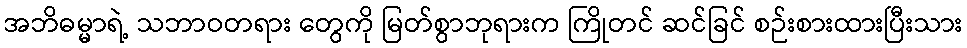
အဘိဓမ္မာရဲ့ သဘာဝတရား တွေကို မြတ်စွာဘုရားက ကြိုတင် ဆင်ခြင် စဉ်းစားထားပြီးသား